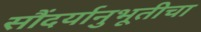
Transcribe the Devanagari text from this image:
सौंदर्यानुभूतीचा